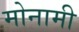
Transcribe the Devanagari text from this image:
मोनामी